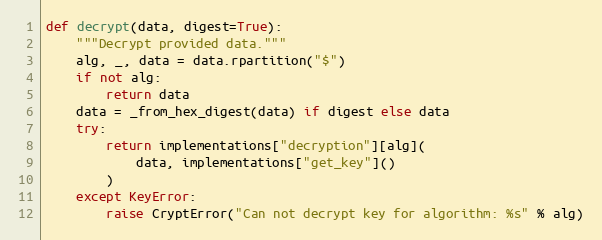
Language: Python
def decrypt(data, digest=True):
    """Decrypt provided data."""
    alg, _, data = data.rpartition("$")
    if not alg:
        return data
    data = _from_hex_digest(data) if digest else data
    try:
        return implementations["decryption"][alg](
            data, implementations["get_key"]()
        )
    except KeyError:
        raise CryptError("Can not decrypt key for algorithm: %s" % alg)